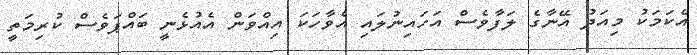
އެކަމަކު މިއަދު އޭނާގެ ލަފާވެސް އަހައިނުލައި އެވާހަކަ އިއްވަން އެއުޅެނީ ބައްޕަވެސް ކުރިމަތީ